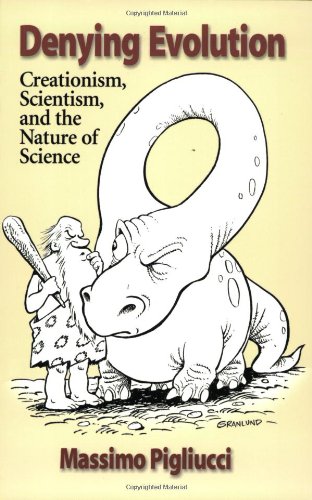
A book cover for Denying Evolution: Creationism, Scientism, and the Nature of Science; Massimo Pigliucci; Christian Books & Bibles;